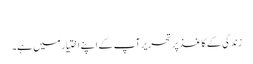
​
زندگی کے کاغذ پر تحریر آپ کے اپنے اختیار میں ہے۔